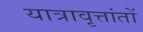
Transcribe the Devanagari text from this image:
यात्रावृत्तांतों